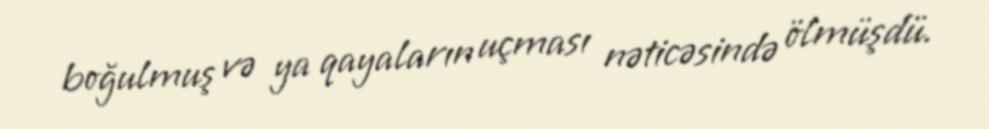
boğulmuş və ya qayaların uçması nəticəsində ölmüşdü.